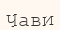
Чави